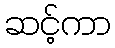
ဆင့်ကာ